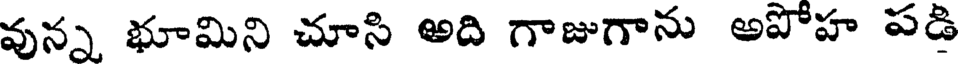
వున్న భూమిని చూసి అది గాజుగాను అపోహ పడి